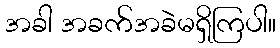
အခါ အခက်အခဲမရှိကြပါ။